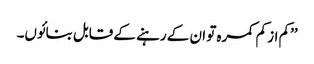
’’کم از کم کمرہ تو ان کے رہنے کے قابل بنائوں۔